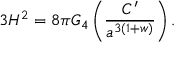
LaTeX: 3 H ^ { 2 } = 8 \pi G _ { 4 } \left( \frac { { \cal C } ^ { \prime } } { a ^ { 3 ( 1 + w ) } } \right) .